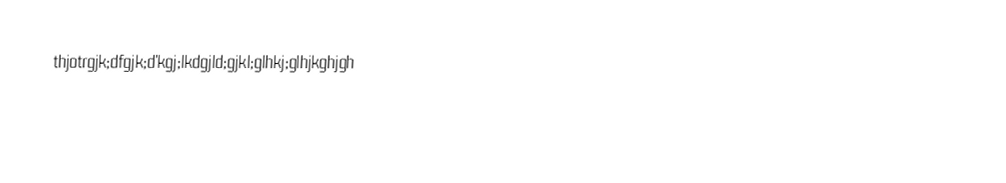
thjotrgjk;dfgjk;d'kgj;lkdgjld;gjkl;glhkj;glhjkghjgh